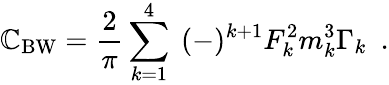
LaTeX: \mathbb{C}_{\mathrm{{BW}}}={\frac{{2}}{{\pi}}}\sum_{k=1}^{4}~(-)^{k+1}F_{k}^{2}m_{k}^{3}\Gamma_{k}\ \ .